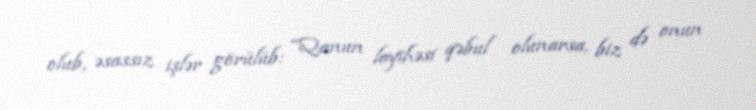
olub, əsassız işlər görülüb: “Qanun layihəsi qəbul olunarsa, biz də onun